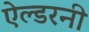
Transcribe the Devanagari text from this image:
ऐल्डरनी